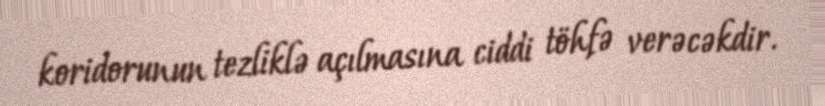
koridorunun tezliklə açılmasına ciddi töhfə verəcəkdir.